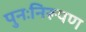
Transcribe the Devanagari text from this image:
पुनःनिरूपण